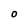
Character: O